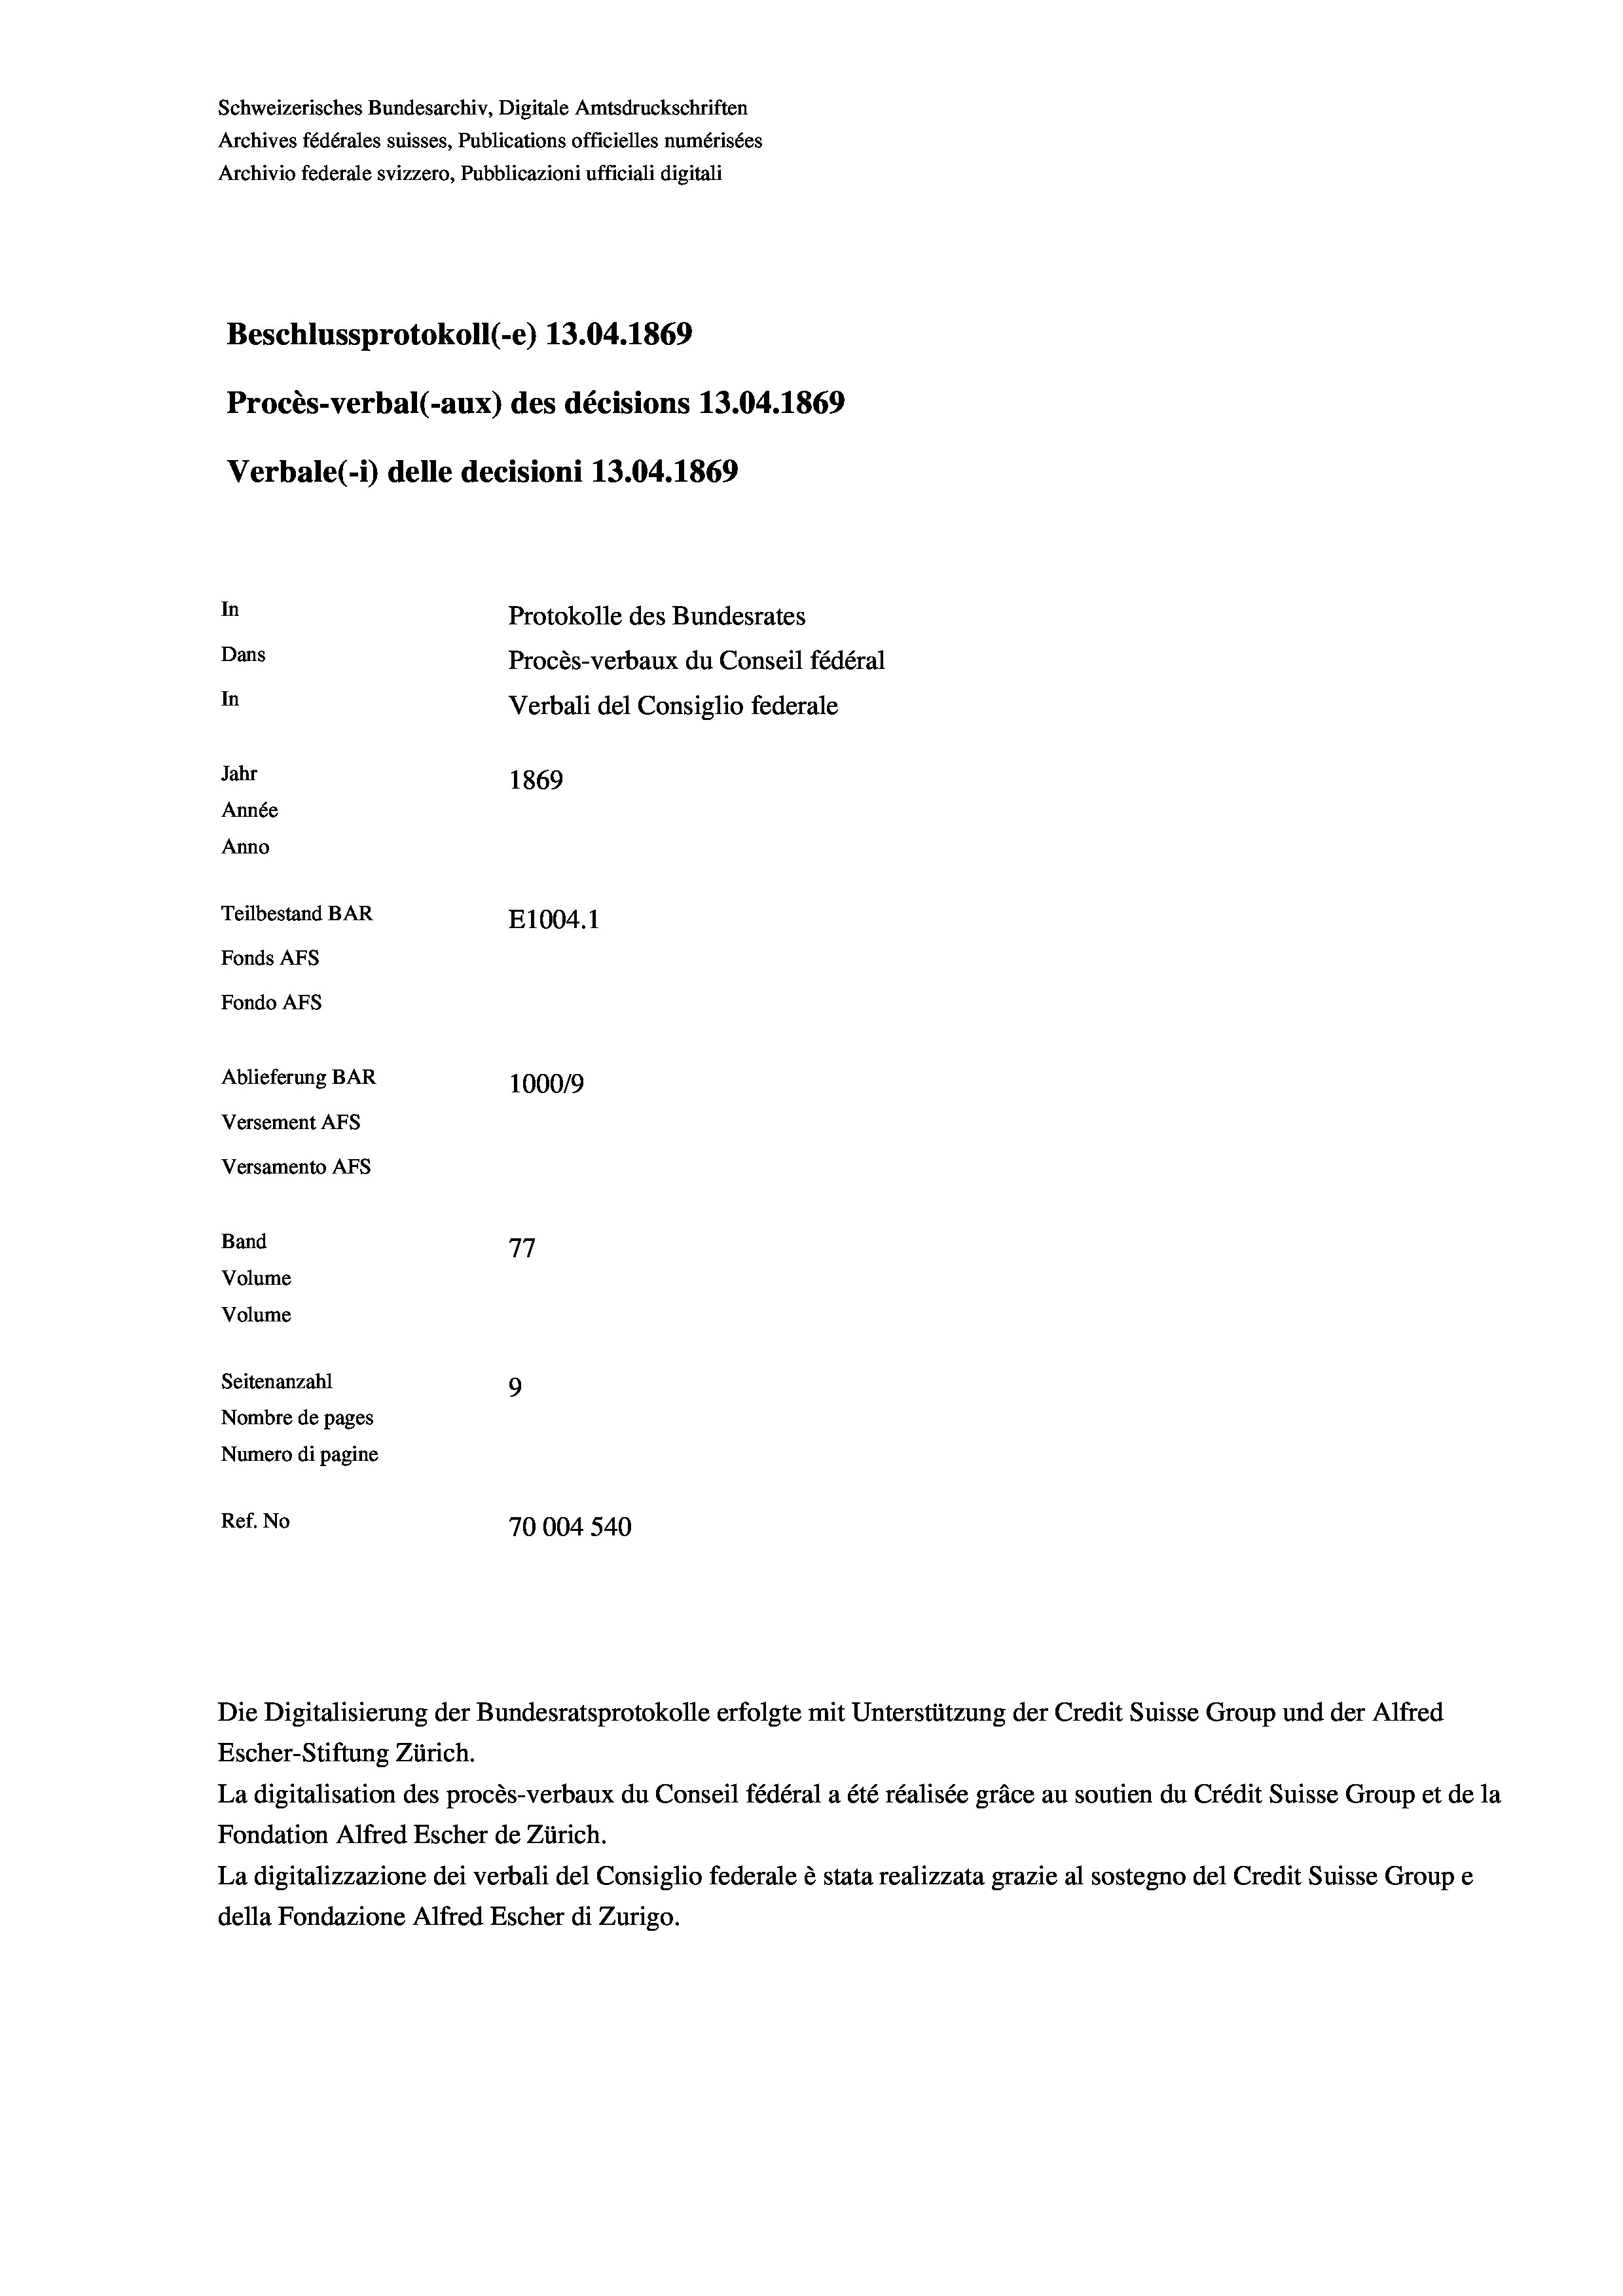
Schweizerisches Bundesarchiv, Digitale Amtsdruckschriften
Archives fédérales suisses, Publications officielles numérisées
Archivio federale svizzero, Pubblicazioni ufficiali digitali
Beschlussprotokoll (-e) 13.04. 1869
Procès-verbal (-aux) des décisions 13.04. 1869
Verbale (-*) delle decisioni 13.04. 1869
In
Protokolle des Bundesrates
Dans
Procès-verbaux du Conseil fédéral
In
Verbali del Consiglio federale
Jahr
1869
Année
Anno
Teilbestand BAR
E1004. 1
Fonds Afs
Fondo AFs
Ablieferung BAR
1000/9
Versement Abs
Versamento Afs
Band
77
Volume
Volume

Seitenanzahl
9
Nombre de pages
Numero di pagine
Ref. No
70004 540

.

Escher-Stiftung Zürich.
La digitalisation des procès-verbaux du Conseil fédéral a été réalisée gräce au soutien du Crédit Suisse Group et de la
Fondation Alfred Escher de Zürich.
La digitalizzazione dei verbali del Consiglio federale è stata realizzata grazie al sostegno del Credit Suisse Groupe
della Fondazione Alfred Escher di Zurigo.

Die Digitalisierung der Bundesratsprotokolle erfolgte mit Unterstützung der Credit Suisse Group und der Alfred